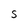
Character: S